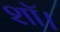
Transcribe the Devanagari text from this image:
शॉ।